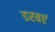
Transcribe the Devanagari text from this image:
डरबएं